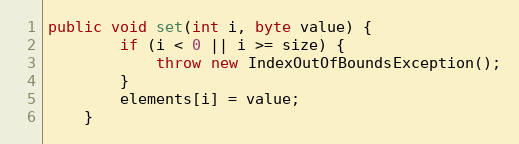
Language: Java
public void set(int i, byte value) {
        if (i < 0 || i >= size) {
            throw new IndexOutOfBoundsException();
        }
        elements[i] = value;
    }